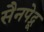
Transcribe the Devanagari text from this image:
सैनपेद्रू